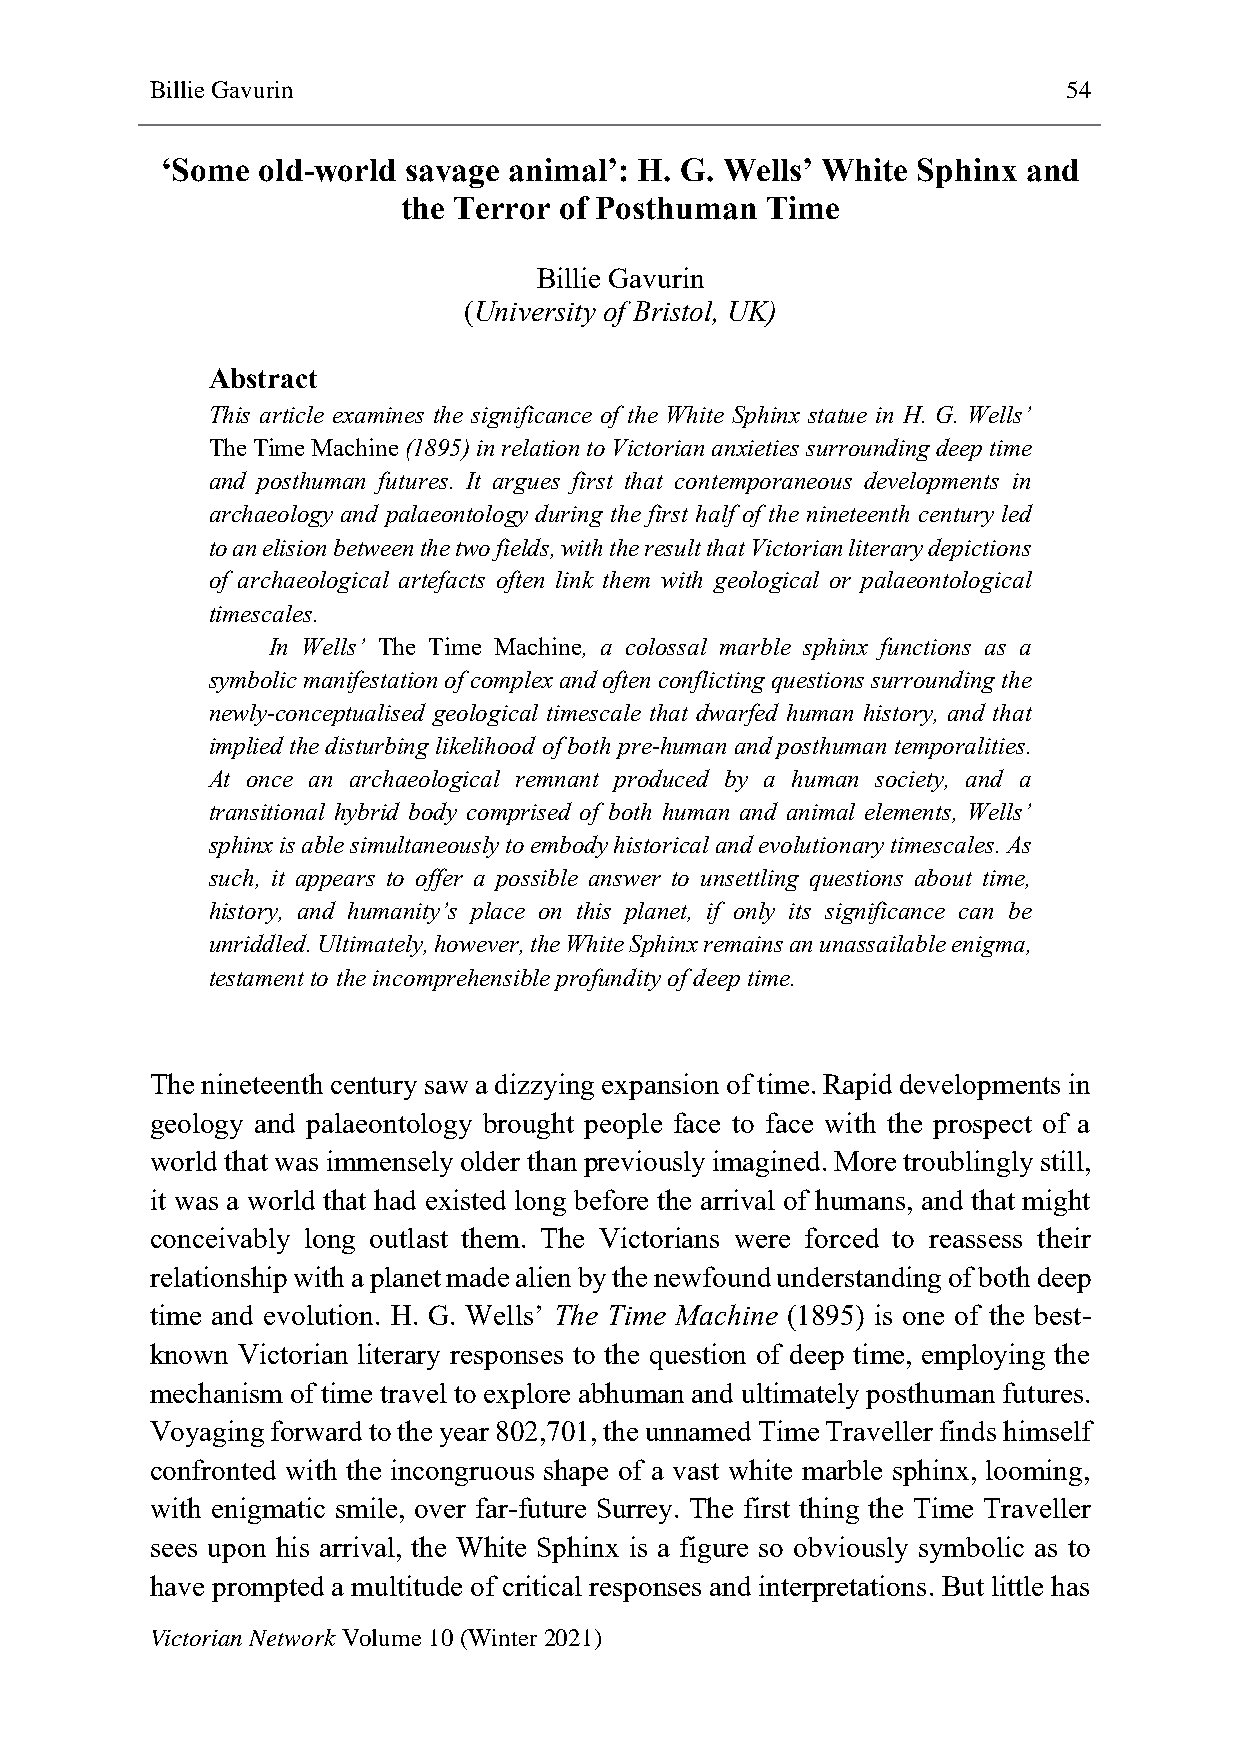
Billie Gavurin                                               54
 ‘Some old-world savage animal’: H. G. Wells’ White Sphinx and
 the Terror of Posthuman Time
 Billie Gavurin
 (University of Bristol, UK)
 Abstract
 This article examines the significance of the White Sphinx statue in H. G. Wells’
 The Time Machine (1895) in relation to Victorian anxieties surrounding deep time
 and posthuman futures. It argues first that contemporaneous developments in
 archaeology and palaeontology during the first half of the nineteenth century led
 to an elision between the two fields, with the result that Victorian literary depictions
 of archaeological artefacts often link them with geological or palaeontological
 timescales.
 In Wells’ The Time Machine, a colossal marble sphinx functions as a
 symbolic manifestation of complex and often conflicting questions surrounding the
 newly-conceptualised geological timescale that dwarfed human history, and that
 implied the disturbing likelihood of both pre-human and posthuman temporalities.
 At once an archaeological remnant produced by a human society, and a
 transitional hybrid body comprised of both human and animal elements, Wells’
 sphinx is able simultaneously to embody historical and evolutionary timescales. As
 such, it appears to offer a possible answer to unsettling questions about time,
 history, and humanity’s place on this planet, if only its significance can be
 unriddled. Ultimately, however, the White Sphinx remains an unassailable enigma,
 testament to the incomprehensible profundity of deep time.
 The nineteenth century saw a dizzying expansion of time. Rapid developments in
 geology and palaeontology brought people face to face with the prospect of a
 world that was immensely older than previously imagined. More troublingly still,
 it was a world that had existed long before the arrival of humans, and that might
 conceivably long outlast them. The Victorians were forced to reassess their
 relationship with a planet made alien by the newfound understanding of both deep
 time and evolution. H. G. Wells’ The Time Machine (1895) is one of the best-
 known Victorian literary responses to the question of deep time, employing the
 mechanism of time travel to explore abhuman and ultimately posthuman futures.
 Voyaging forward to the year 802,701, the unnamed Time Traveller finds himself
 confronted with the incongruous shape of a vast white marble sphinx, looming,
 with enigmatic smile, over far-future Surrey. The first thing the Time Traveller
 sees upon his arrival, the White Sphinx is a figure so obviously symbolic as to
 have prompted a multitude of critical responses and interpretations. But little has
 Victorian Network Volume 10 (Winter 2021)